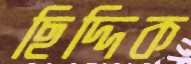
ছিদ্দিক